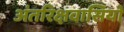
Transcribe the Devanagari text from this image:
अंतरिक्षवासियों